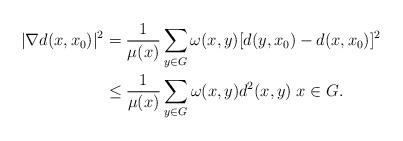
LaTeX: \begin{align*} |\nabla d(x, x_0)|^2 & =\frac 1{\mu(x)}\sum_{y\in G}\omega(x,y)[d(y, x_0)-d(x, x_0)]^2 \\ & \leq \frac 1{\mu(x)} \sum_{y\in G}\omega(x,y) d^2(x,y)\; x\in G. \end{align*}